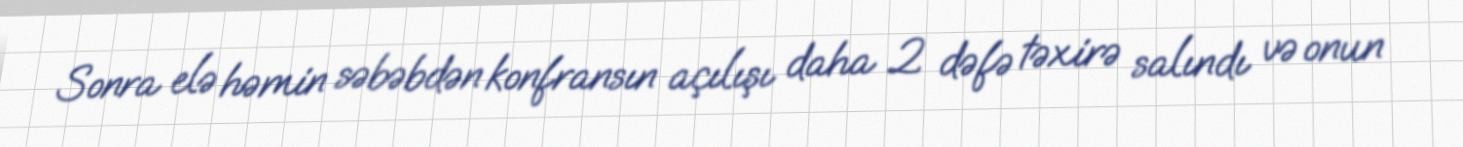
Sonra elə həmin səbəbdən konfransın açılışı daha 2 dəfə təxirə salındı və onun